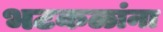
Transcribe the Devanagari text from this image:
भटकळांना